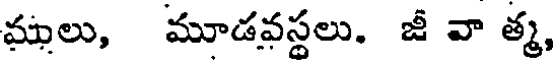
ములు, మూడవస్థలు. జీ వా త్మ,